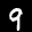
Digit: 9